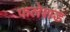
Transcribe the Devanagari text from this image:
फलेशड